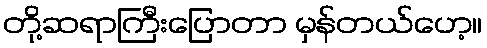
တို့ဆရာကြီးပြောတာ မှန်တယ်ဟေ့။